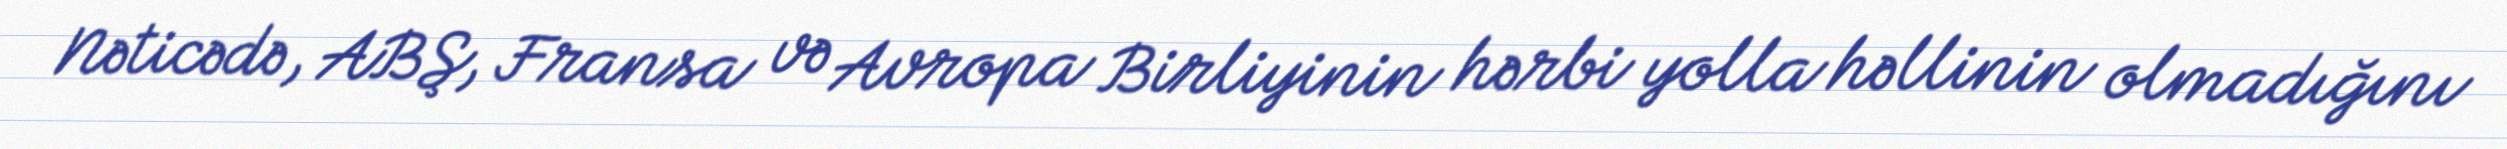
Nəticədə, ABŞ, Fransa və Avropa Birliyinin hərbi yolla həllinin olmadığını